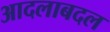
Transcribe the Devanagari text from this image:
आदलाबदल